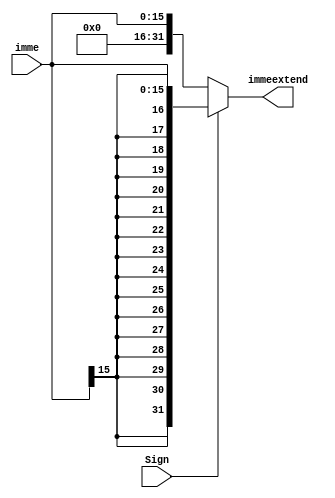
`timescale 1ns / 1ps
//////////////////////////////////////////////////////////////////////////////////
// Company: 
// Engineer: 
// 
// Design Name: 
// Module Name: extend
// Project Name: 
// Target Devices: 
// Tool Versions: 
// Description: 
// 
// Dependencies: 
// 
// Revision:
// Revision 0.01 - File Created
// Additional Comments:
// 
//////////////////////////////////////////////////////////////////////////////////


module extend(
    input [15:0] imme,input Sign,
    output wire [31:0]immeextend
     );
     
    assign immeextend = (Sign==1) ?  {{16{imme[15]}},imme}:{16'b0000000000000000,imme} ;
endmodule